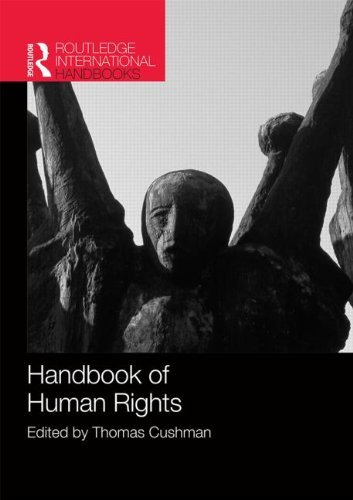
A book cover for Handbook of Human Rights (Routledge International Handbooks); Business & Money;